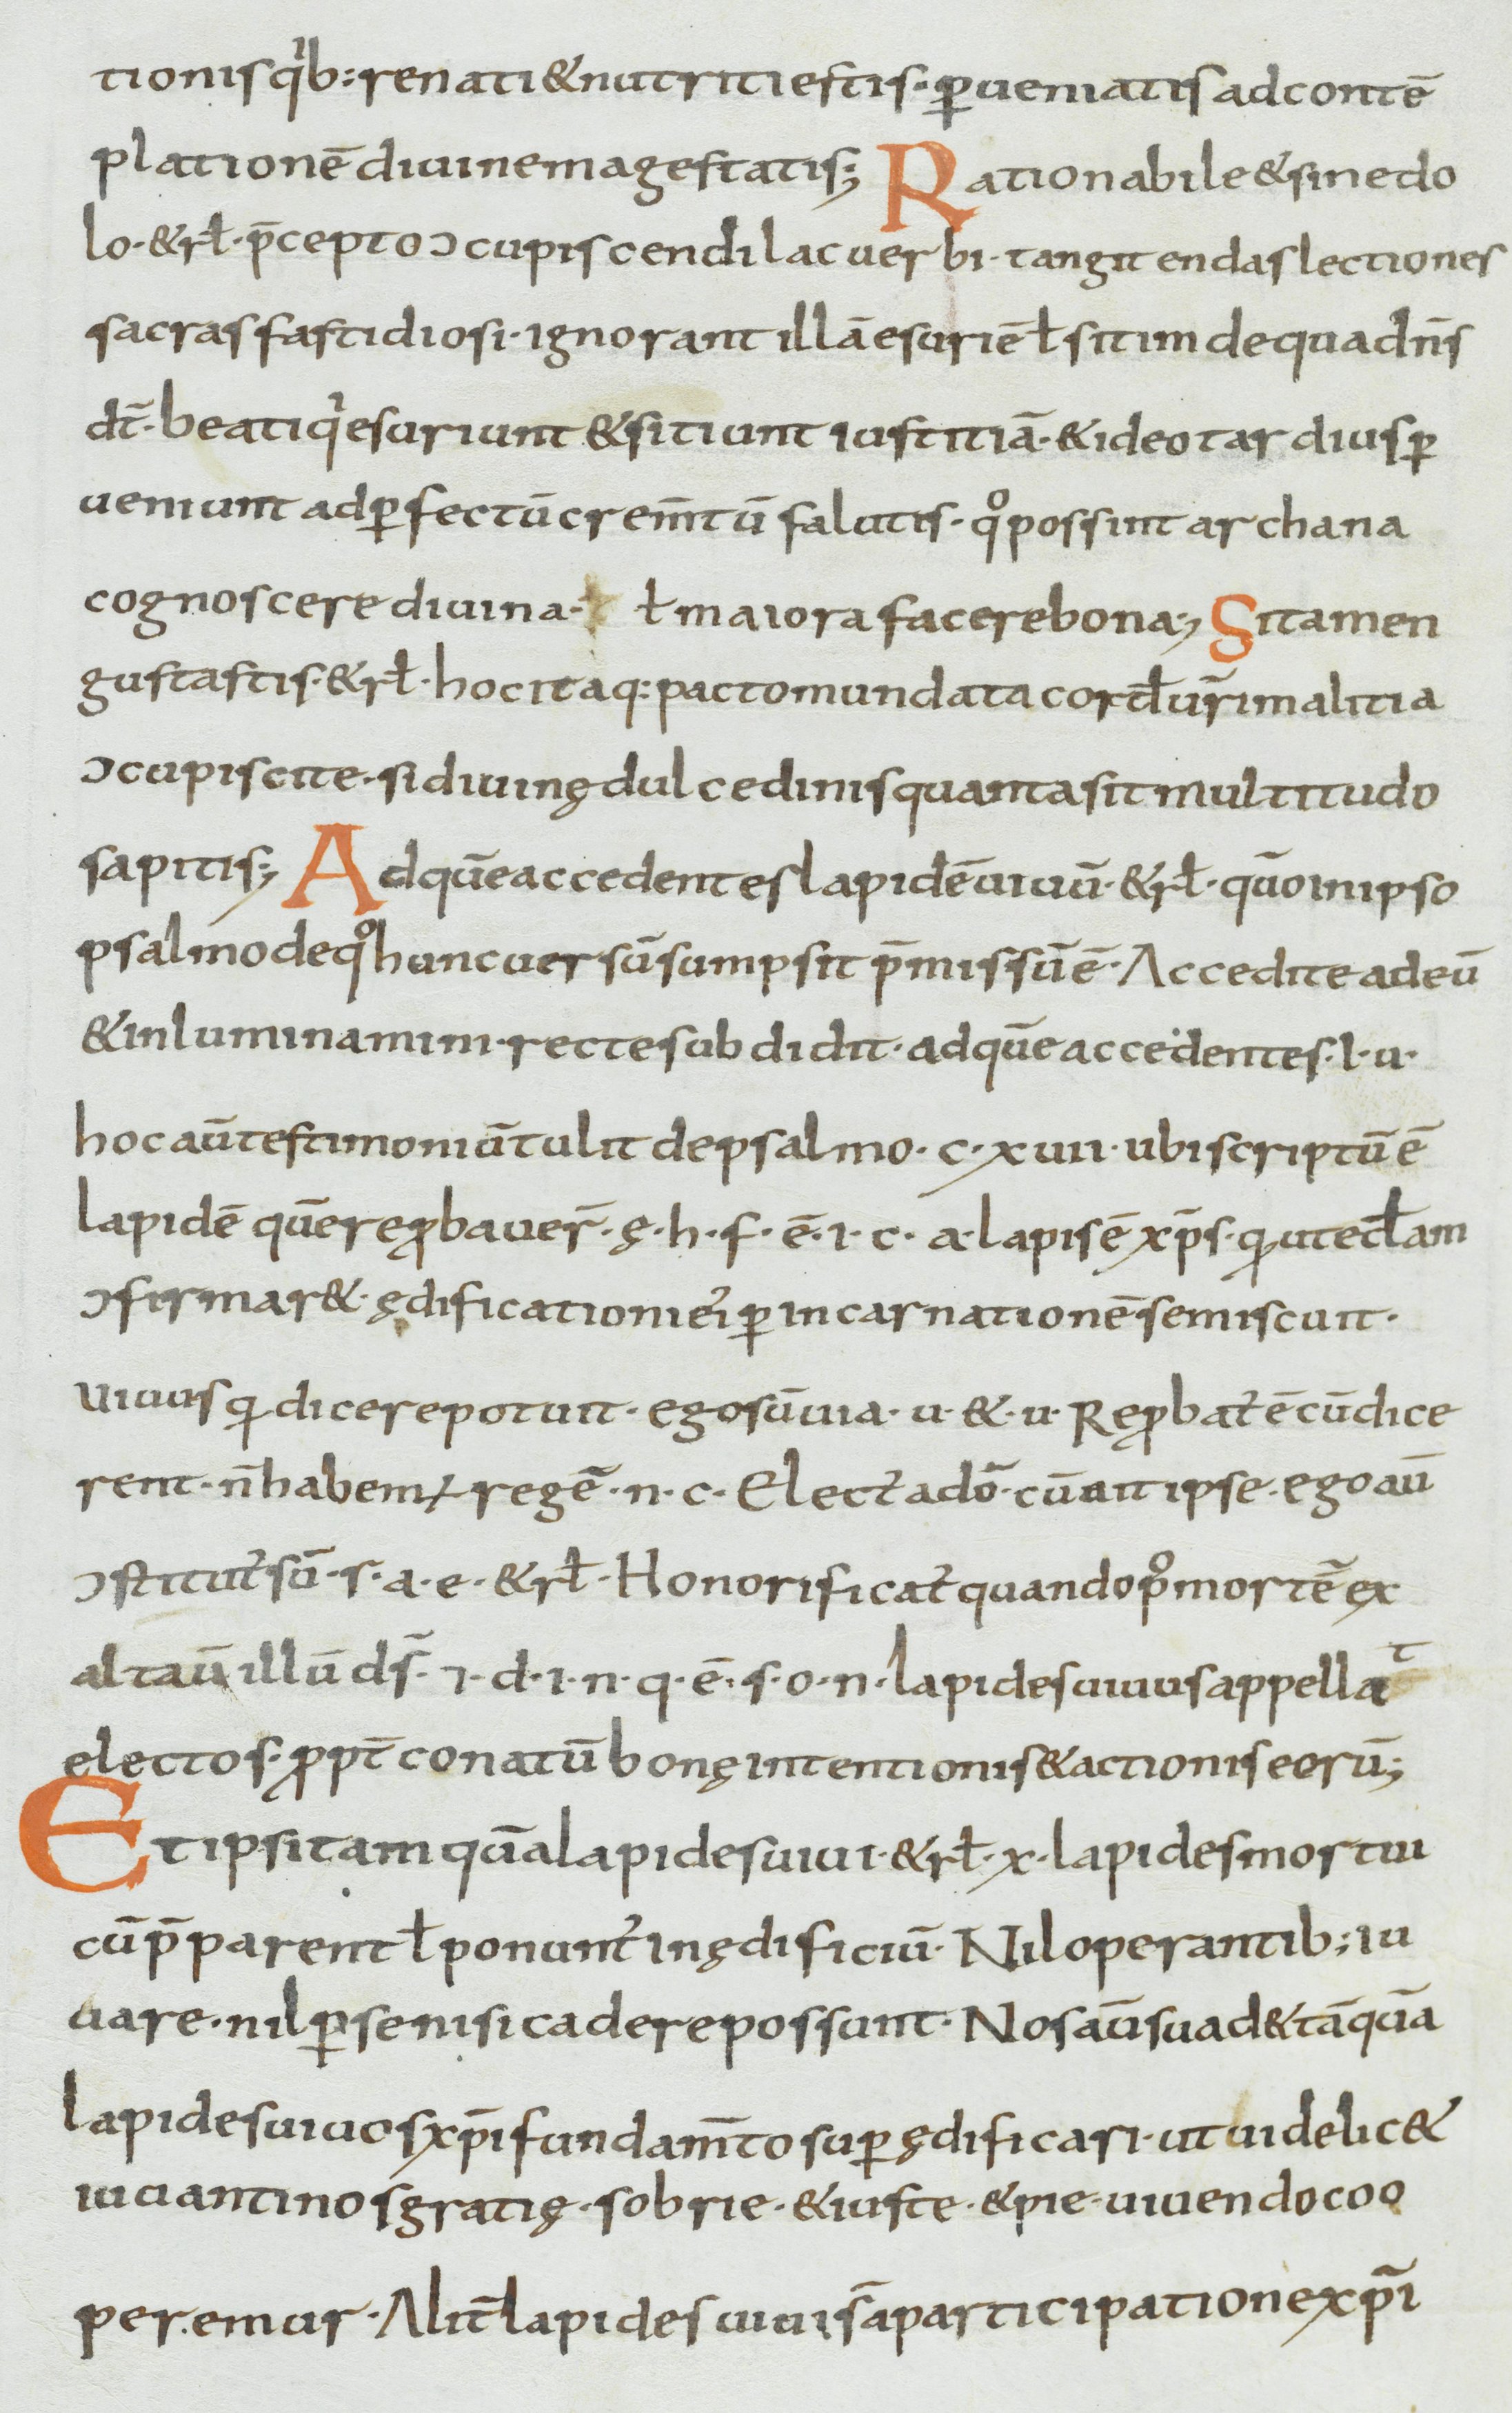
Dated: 800–899